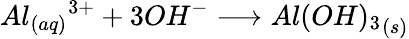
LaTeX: Al_{(aq)}{^{3+}}+3OH{^{-}}\longrightarrow{Al(OH)_{3}}_{(s)}